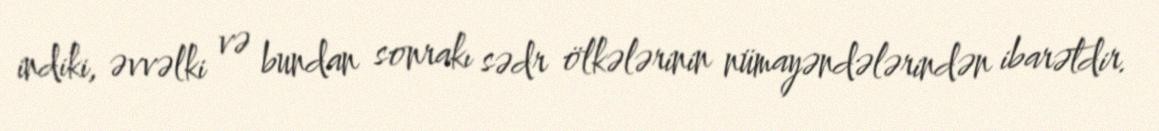
indiki, əvvəlki və bundan sonrakı sədr ölkələrinin nümayəndələrindən ibarətdir.